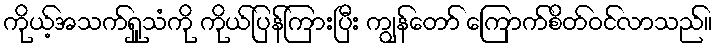
ကိုယ့်အသက်ရှူသံကို ကိုယ်ပြန်ကြားပြီး ကျွန်တော် ကြောက်စိတ်ဝင်လာသည်။